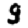
Digit: 9